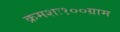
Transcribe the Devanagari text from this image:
क्रमशः१००ग्राम